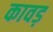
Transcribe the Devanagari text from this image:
कावड़